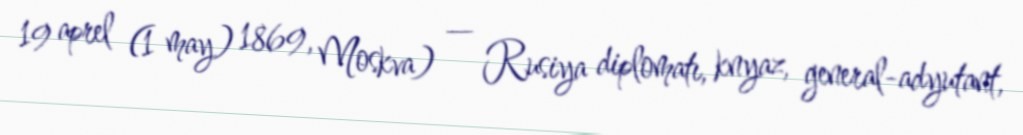
19 aprel (1 may) 1869, Moskva) — Rusiya diplomatı, knyaz, general-adyutant,